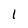
Character: I